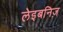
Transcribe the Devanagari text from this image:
लेइबनिज़